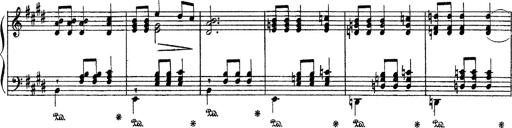
Title: Apparitions
Composer: Franz Liszt